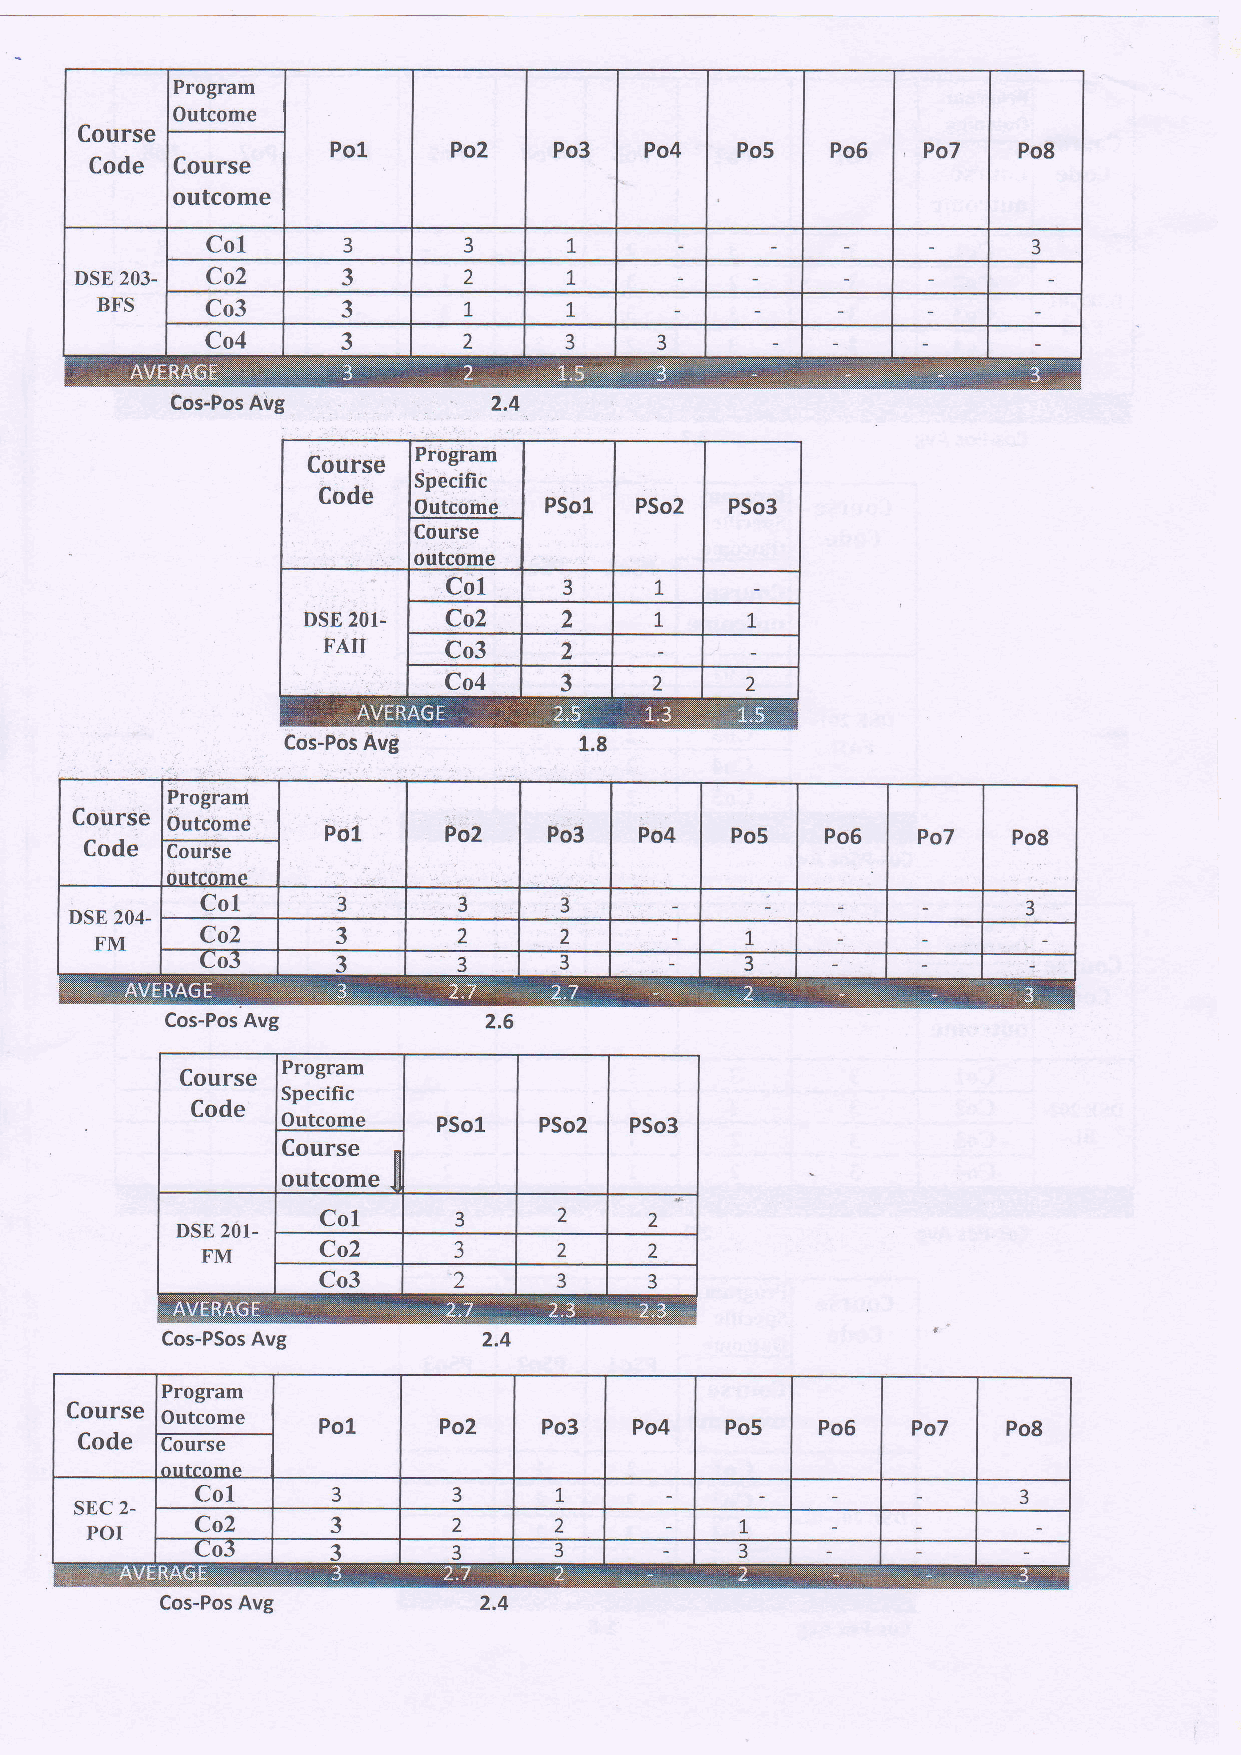
Program
 Outcome
 Course
 Po1     Po2    Po3   Po4   Po5   Po5   Po7   Po8
 Code Course
 outcome
 Col
 3       3      1                             3
 DSE 203- Co2      3       2      1
 BFS     Co3      3       t      1
 Co4      3       2     3     3
 Cos-Pos Avg
 Piogram
 Specific
 Outcoine
 Cos-Pos Avg
 Progrant
 Coiirse
 Outcome
 Po1    Po2    Po3   Po4   Po5    Po6   Po7   Po8
 Code uourse
 titrfa^md
 Col
 3       3      3                              3
 DSE 204-
 FM     Co2      3       2      2           1,
 Co3      3       3      3           3
 Cos-PSos Avg
 Program
 Course
 Outcome
 Po1     Po2    Po3   Po4   Po5   Po6   Po7    Po8
 Code  uourse
 nttt."nmp
 Col                     t
 3       3                                    3
 SEC 2-
 POI    Co2      3       2      z           1.
 u03
 3       3      3           3
 Cos-Pos Avg          2.4